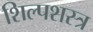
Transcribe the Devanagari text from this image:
शिल्पशस्त्र